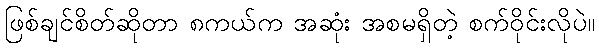
ဖြစ်ချင်စိတ်ဆိုတာ ၈ကယ်က အဆုံး အစမရှိတဲ့ စက်ဝိုင်းလိုပဲ။